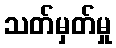
သတ်မှတ်မှု